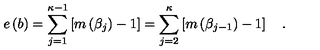
e \left( b \right) = \sum _ { j = 1 } ^ { \kappa - 1 } \left[ m \left( \beta _ { j } \right) - 1 \right] = \sum _ { j = 2 } ^ { \kappa } \left[ m \left( \beta _ { j - 1 } \right) - 1 \right] \quad .